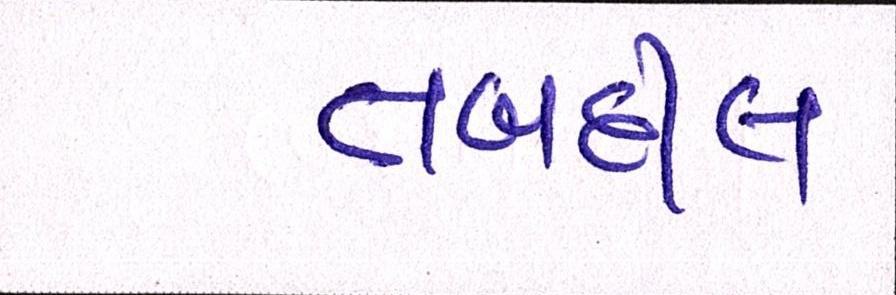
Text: તબદીલ